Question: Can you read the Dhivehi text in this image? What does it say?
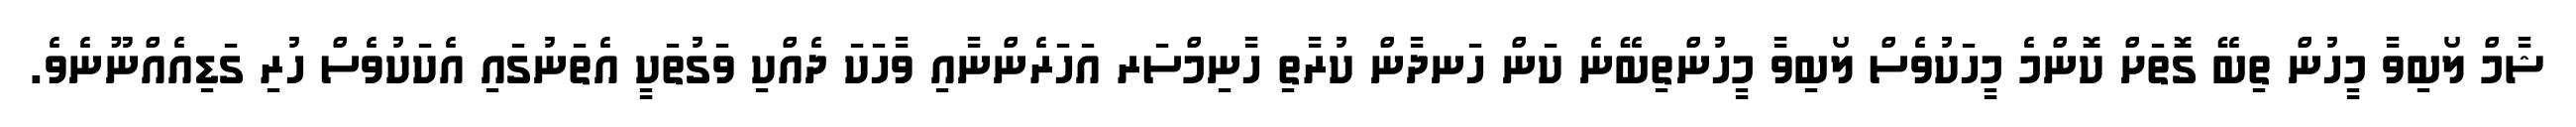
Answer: ޝާމް ލޯބިވާ މީހުން ތިބޭ ގޮތަށް ކޮންމެ މީހަކުވެސް ލޯބިވާ މީހުންތިބޭނެ ކަން ހަނދާން ކުރާތި ހާނިމްސަރ އަހަރެންނާއި ވާހަކަ ދެއްކި ވަގުތަކީ އެތަނުގައި އެކަކުވެސް ހުރި ގަޑިއެއްނޫނެވެ.